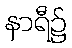
နာရီ၌